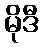
မိုဒီ